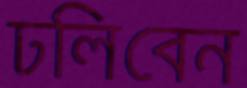
ঢলিবেন